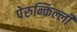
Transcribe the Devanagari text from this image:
पेरुन्किल्ली